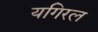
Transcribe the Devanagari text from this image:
यगिरल